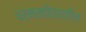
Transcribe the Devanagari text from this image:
धर्मसाहित्यातील